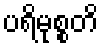
ပရိမုစ္စတိ